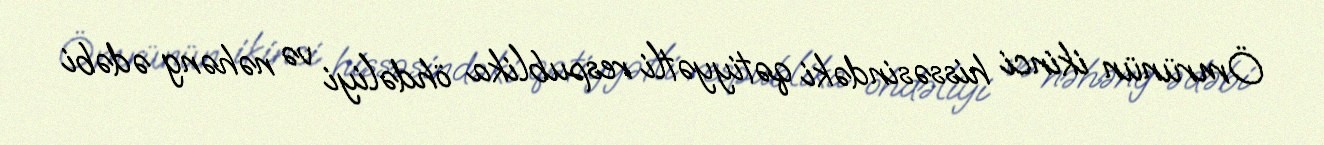
Ömrünün ikinci hissəsindəki qətiyyətli respublika öhdəliyi və nəhəng ədəbi